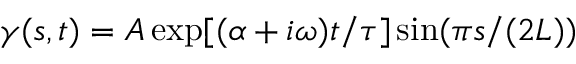
\gamma ( s , t ) = A \exp [ ( \alpha + i \omega ) t / \tau ] \sin ( \pi s / ( 2 L ) )